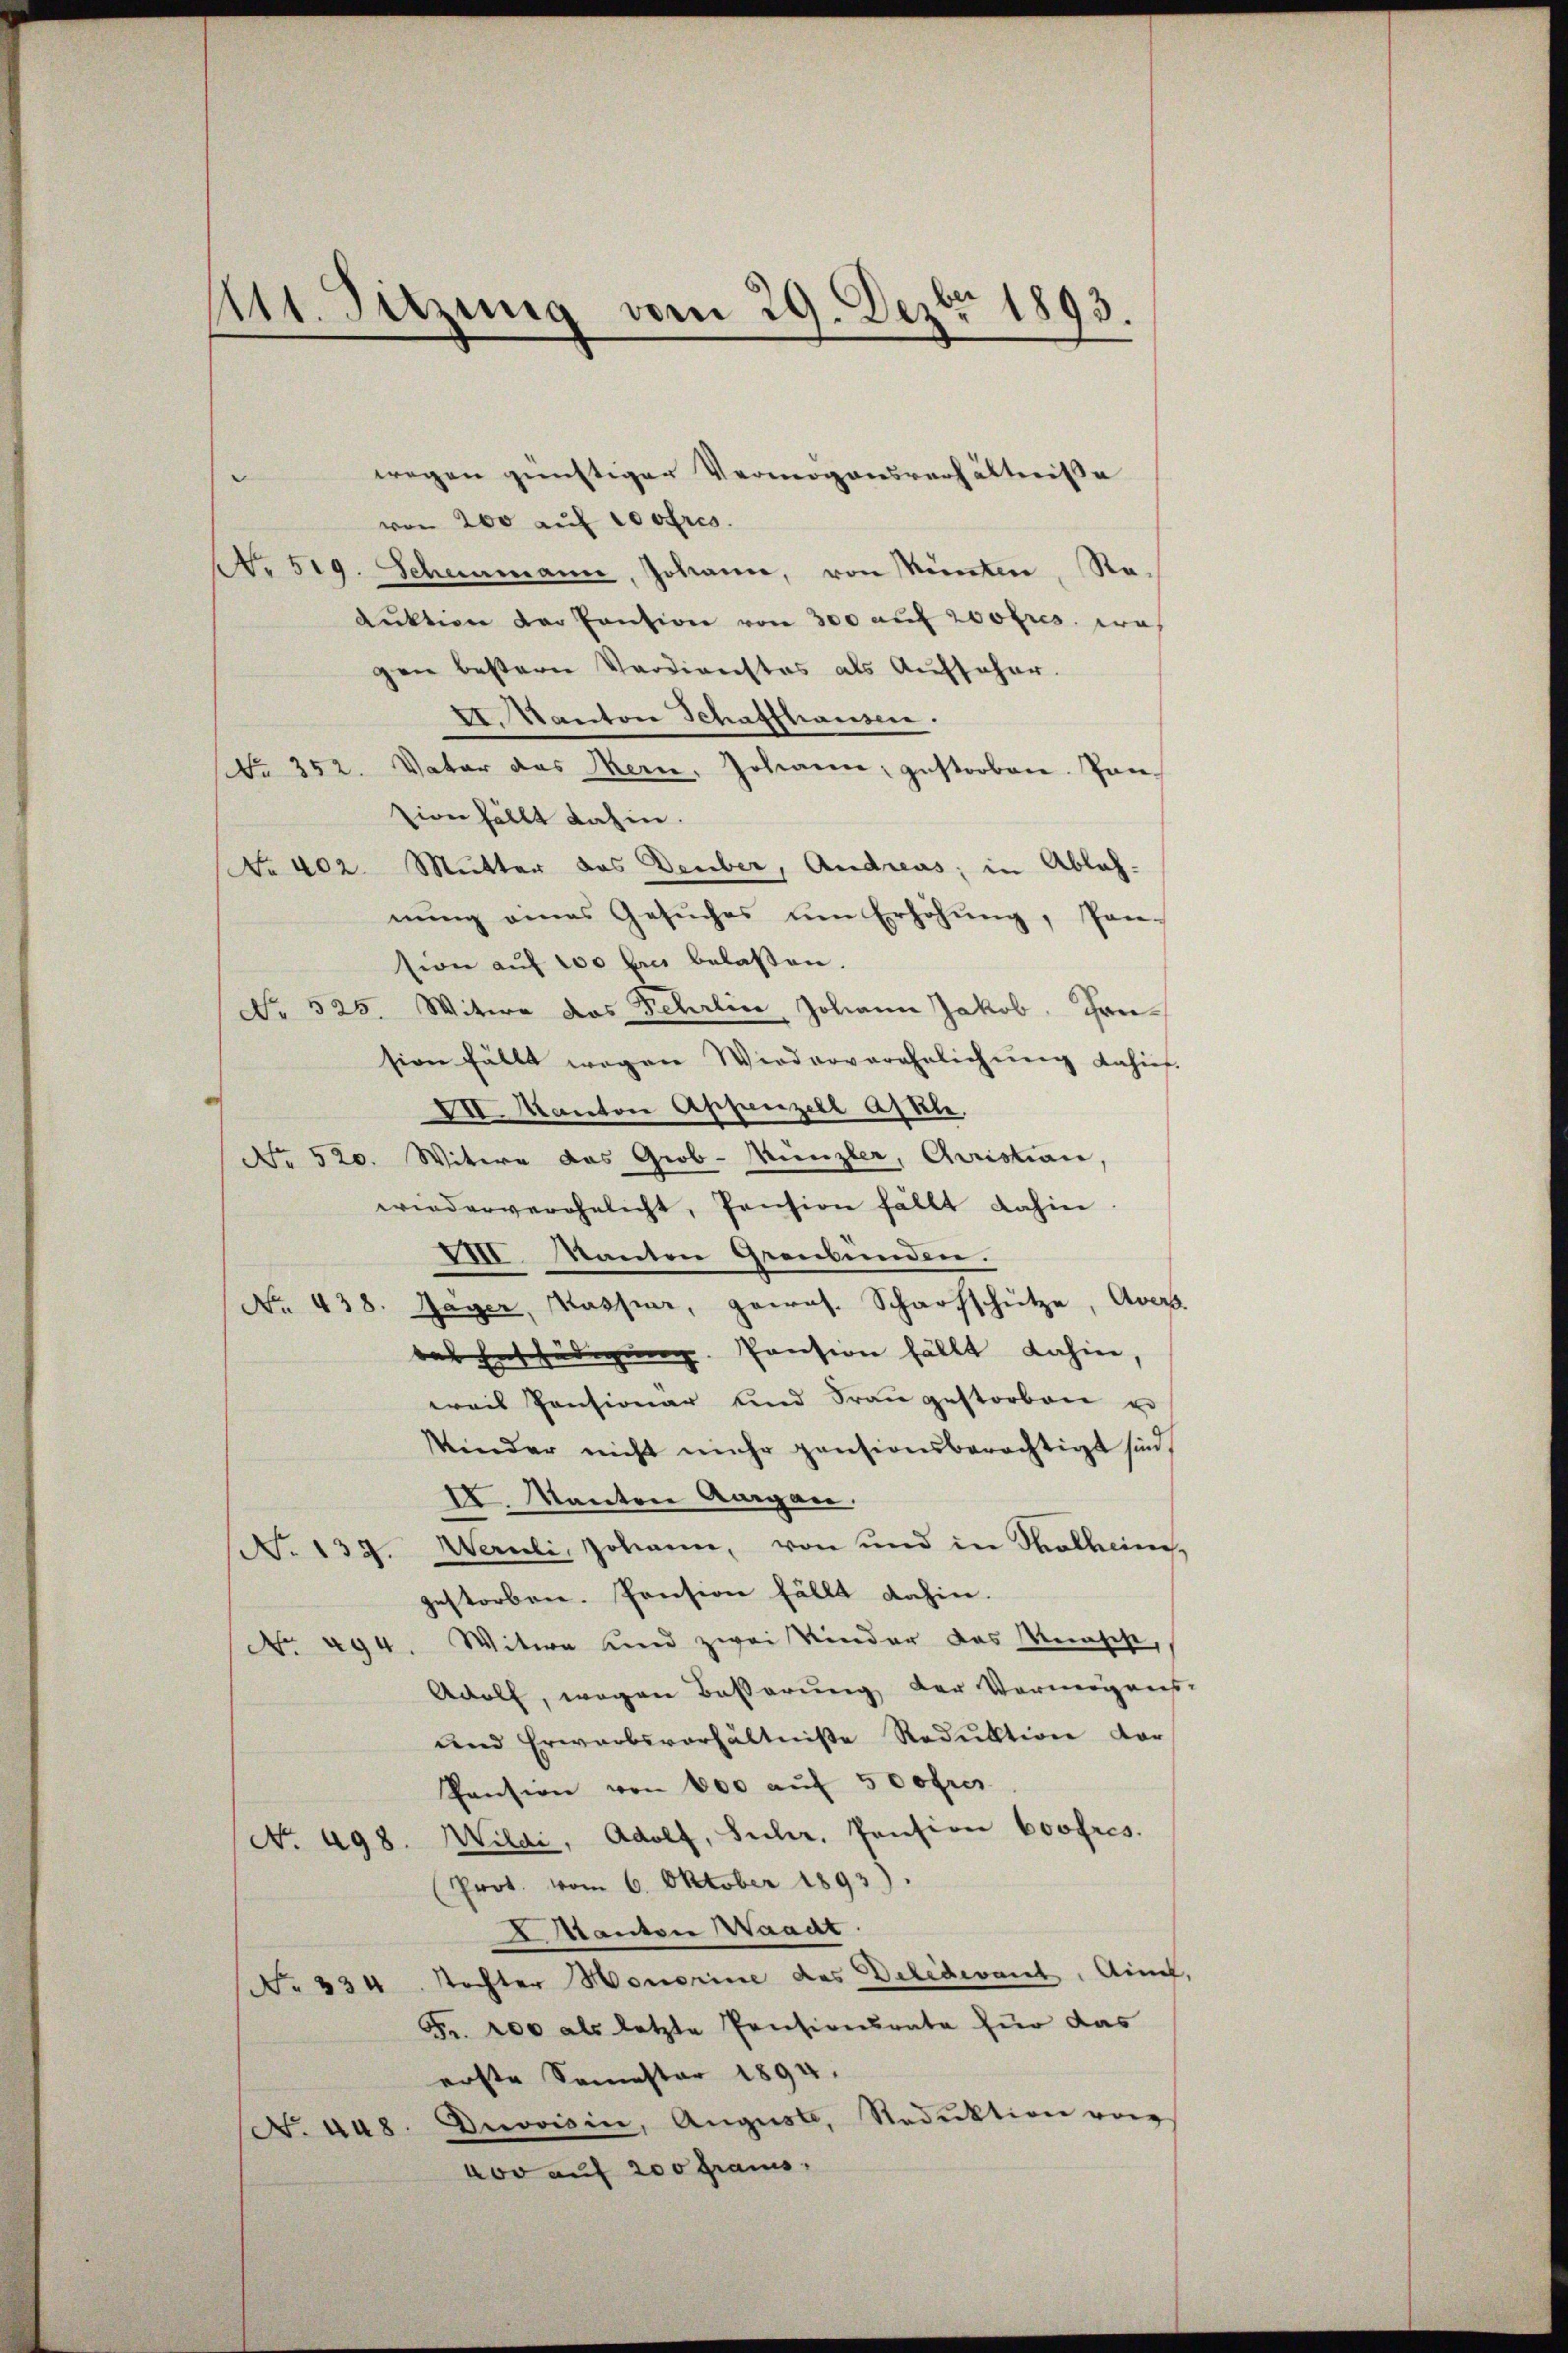
111. Sitzung vom 29. Dezbr 1893.

wegen günstiger Vermögensverhältnisse
e
von 200 auf costres.
No. 519. Schwamann, Johann, von Renten, Reduktion der Cantion von 300 auf zwotres, was
gen bestern Verdienstes als Aufseher.
II. Kanton Schaffhausen.
Vater das Stern, Johann, gestorben. Pan¬
No 352
ion fällt dahin.
No 402. Mutter das Deuber, Andreas; in Ablah-
nung eines Gesuches um Erhöhung, Pan-
sion auf 100 bres belaßen.
No 525. Witwe das Fehrlin, Johann Jakob Grüsion fällt wegen Wiederverehelichŭng dahinf
XII. Mactore Appenzell Akle.
No 520. Witwe das Giob-Münzler, Quistian,
wiederverehelicht, Pension fällt dahin.
III. Kanton Graubünden.
No. 438. Jäger, Kaspar, gepros. Scharfschütze, Aver
das Entfädigung. Pension fällt dahin,
wais Pensionar und Frau gestorben u
Kinder nicht mehr pensionsberechtigt sind.
IV. Manton Aargau.
Wernli, Johann, von und in Thalheim,
No. 139.
gestorben. Pension fällt dahin.
No. 494. Witwe und zwei Kinder das Menscht,
Adolf, wegen Beßerung der Vermögens-
und Erwarbsverhältniße Reduktion dor
Pension von 400 auf 500fres
No. 498. Wildi, Adolf, Suhr. Pension boofres.
(Prot. vom 6. Oktober 1893).
Aptanton Waadt
No 334. Tochter Honerine des Delidevant. Auf,
Fr. 200 als letzte Pensionsrata für das
erste Semester 1894.
No. 448. Devoisin, August, Reduktion von
voo auf 200 Graus,